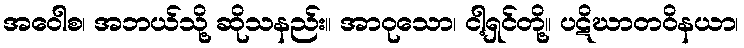
အဝေါစ၊ အဘယ်သို့ ဆိုသနည်း။ အာဝုသော၊ ငါ့ရှင်တို့။ ပဋိဃာတဝိနယာ၊